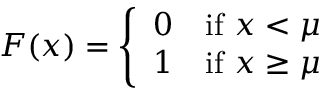
F ( x ) = { \left\{ \begin{array} { l l } { 0 } & { { \mathrm { i f ~ } } x < \mu } \\ { 1 } & { { \mathrm { i f ~ } } x \geq \mu } \end{array} \right. }